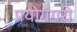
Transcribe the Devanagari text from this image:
प्रयोगगरी